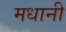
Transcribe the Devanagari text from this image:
मधानी